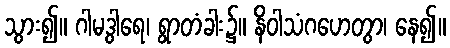
သွား၍။ ဂါမဒွါရေ၊ ရွာတံခါး၌။ နိဝါသံဂဟေတွာ၊ နေ၍။